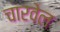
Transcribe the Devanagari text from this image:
चारवेल